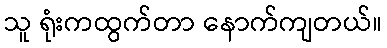
သူ ရုံးကထွက်တာ နောက်ကျတယ်။